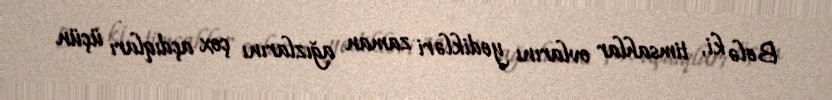
Belə ki, timsahlar ovlarını yedikləri zaman ağızlarını çox açdıqları üçün